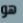
هو